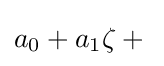
\textstyle a_{0}+a_{1}\zeta +{}